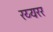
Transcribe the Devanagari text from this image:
रय्यरर